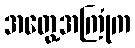
အတွေ့အကြုံက